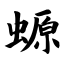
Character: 螈